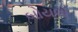
બોયલો